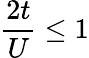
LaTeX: \frac{2t}{U}\le 1